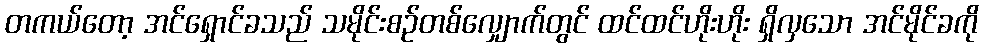
တကယ်တော့ အင်ရှောင်ခသည် သမိုင်းစဉ်တစ်လျှောက်တွင် ထင်ထင်ဟိုးဟိုး ရှိလှသော အင်မိုင်ခကို